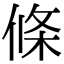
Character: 條